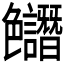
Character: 𱽊